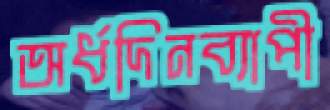
অর্ধদিনব্যাপী